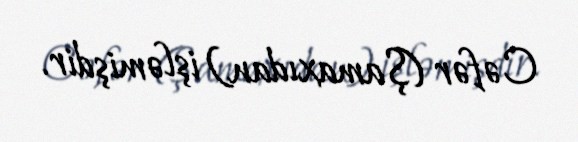
Cəfər (Şamaxıdan) işləmişdir.